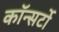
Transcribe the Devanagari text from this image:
कॉन्सर्टो